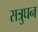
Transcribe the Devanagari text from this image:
सत्रुघन